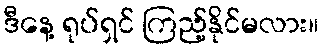
ဒီနေ့ ရုပ်ရှင် ကြည့်နိုင်မလား။